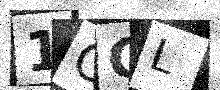
Text: 1CGL